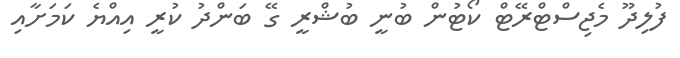
ފުލިދޫ މެޖިސްޓްރޭޓް ކޯޓުން ބުނީ ބުޝްރީ ގޭ ބަންދު ކުރީ އިއްޔެ ކަމަށާއި